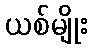
ယစ်မျိုး